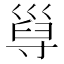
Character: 𡬸